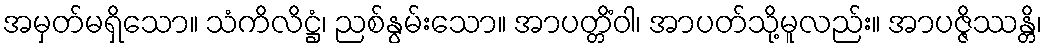
အမှတ်မရှိသော။ သံကိလိဋ္ဌံ၊ ညစ်နွမ်းသော။ အာပတ္တိံဝါ၊ အာပတ်သို့မူလည်း။ အာပဇ္ဇိဿန္တိ၊